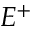
E ^ { + }